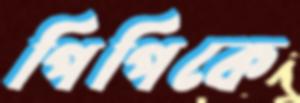
পিপিকে